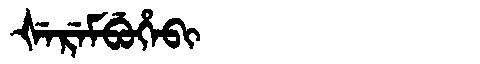
Manchu: ᡧᡝᡵᡝᠮᠪᡠᡥᡝᠪᡳ
Romanization: ŠEREMBUHEBI